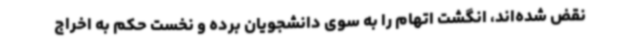
نقض شده‌اند، انگشت اتهام را به سوی دانشجویان برده و نخست حکم به اخراج